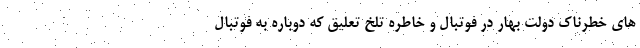
های خطرناک دولت بهار در فوتبال و خاطره تلخ تعلیق که دوباره به فوتبال